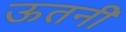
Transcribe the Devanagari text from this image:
ऊतनी